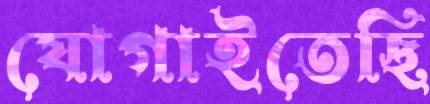
যোগাইতেছি